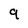
Character: 9